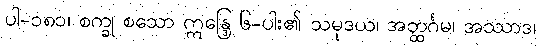
ပါ-၁၈၁၊ စက္ခု စသော ဣန္ဒြေ ၆-ပါး၏ သမုဒယ၊ အတ္ထင်္ဂမ၊ အဿာဒ၊